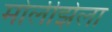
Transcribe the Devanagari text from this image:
मोलीझेला